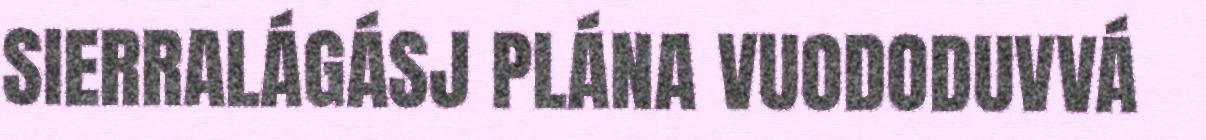
SIERRALÁGÁSJ PLÁNA VUODODUVVÁ